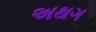
અથગ